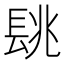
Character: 𨱵